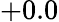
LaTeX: +0.0